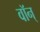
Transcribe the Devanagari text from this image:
वॉन्